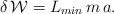
LaTeX: \begin{align*}\delta\,\mathcal{W}= L_{min}\, m \,a. \end{align*}